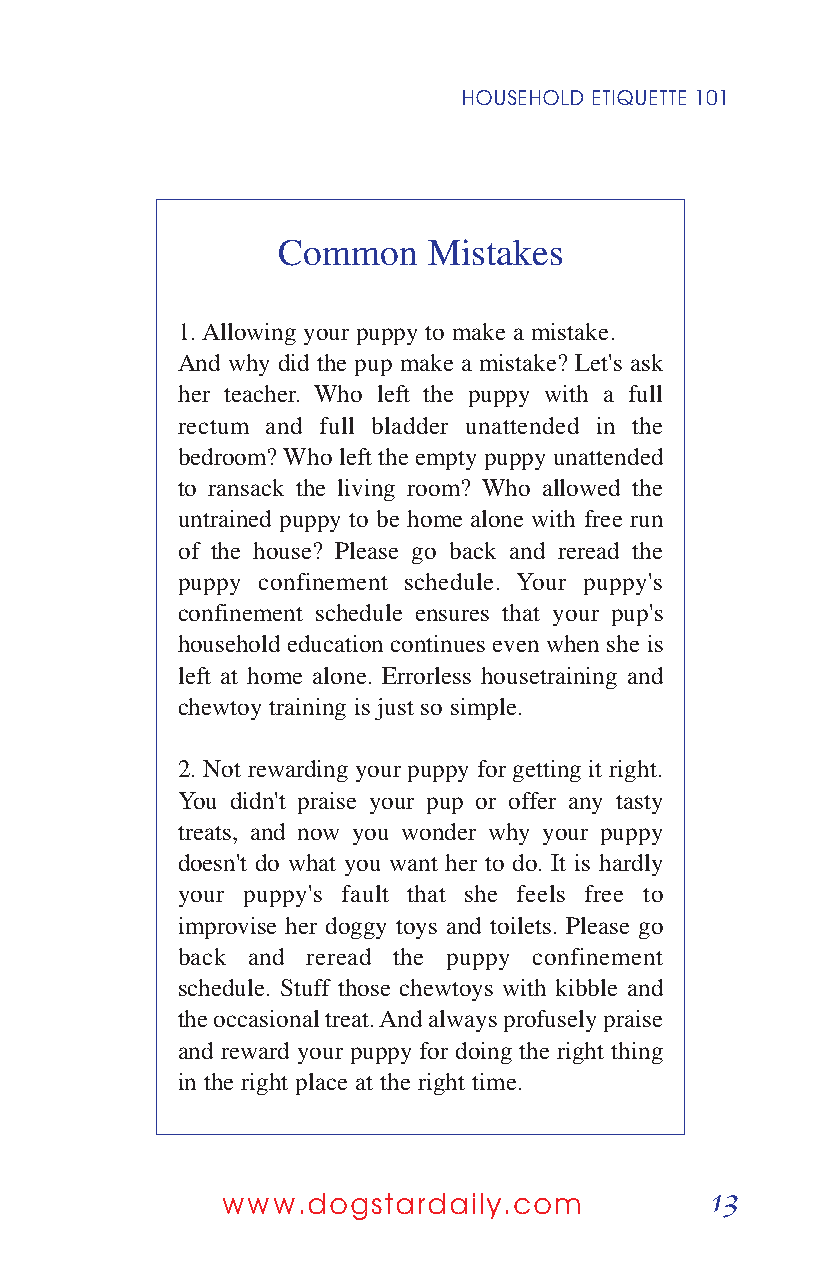
HOUSEHOLD ETIQUETTE 101
 Common    Mistakes
 1. Allowing your puppy to make a mistake.
 And why did the pup make a mistake? Let's ask
 her teacher. Who left the puppy with a full
 rectum and full bladder unattended in the
 bedroom? Who left the empty puppy unattended
 to ransack the living room? Who allowed the
 untrained puppy to be home alone with free run
 of the house? Please go back and reread the
 puppy confinement schedule. Your puppy's
 confinement schedule ensures that your pup's
 household education continues even when she is
 left at home alone. Errorless housetraining and
 chewtoy training is just so simple.
 2. Not rewarding your puppy for getting it right.
 You didn't praise your pup or offer any tasty
 treats, and now you wonder why your puppy
 doesn't do what you want her to do. It is hardly
 your puppy's fault that she feels free to
 improvise her doggy toys and toilets. Please go
 back and reread the puppy confinement
 schedule. Stuff those chewtoys with kibble and
 the occasional treat. And always profusely praise
 and reward your puppy for doing the right thing
 in the right place at the right time.
 13
 www.dogstardaily.com